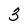
Character: 3